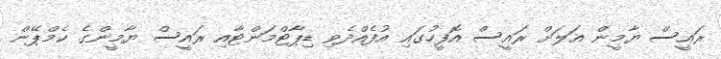
ރައީސް ޔާމީން އަލަށް ރައީސް އޮފީހުގައި އުފެއްދެެވި ޑިޕާޓްމަންޓާއި ރައީސް ޔާމީންގެ ކެމްޕޭން